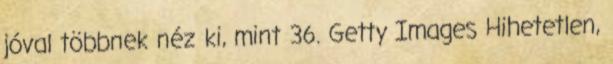
jóval többnek néz ki, mint 36. Getty Images Hihetetlen,